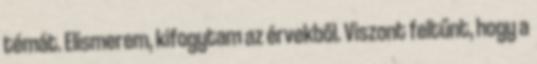
témát. Elismerem, kifogytam az érvekből. Viszont feltűnt, hogy a